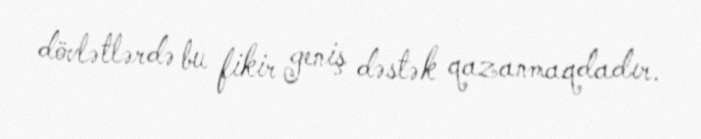
dövlətlərdə bu fikir geniş dəstək qazanmaqdadır.